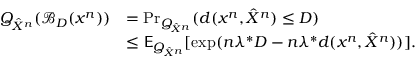
\begin{array} { r l } { Q _ { \hat { X } ^ { n } } ( \mathcal { B } _ { D } ( x ^ { n } ) ) } & { = \operatorname* { P r } _ { Q _ { \hat { X } ^ { n } } } ( d ( x ^ { n } , \hat { X } ^ { n } ) \leq D ) } \\ & { \leq \mathsf { E } _ { Q _ { \hat { X } ^ { n } } } [ \exp ( n \lambda ^ { * } D - n \lambda ^ { * } d ( x ^ { n } , \hat { X } ^ { n } ) ) ] . } \end{array}